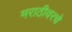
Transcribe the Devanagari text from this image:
मराठीवरचे